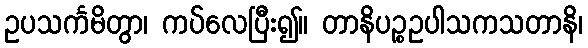
ဥပသင်္ကမိတွာ၊ ကပ်လေပြီး၍။ တာနိပဉ္စဥပါသကသတာနိ၊